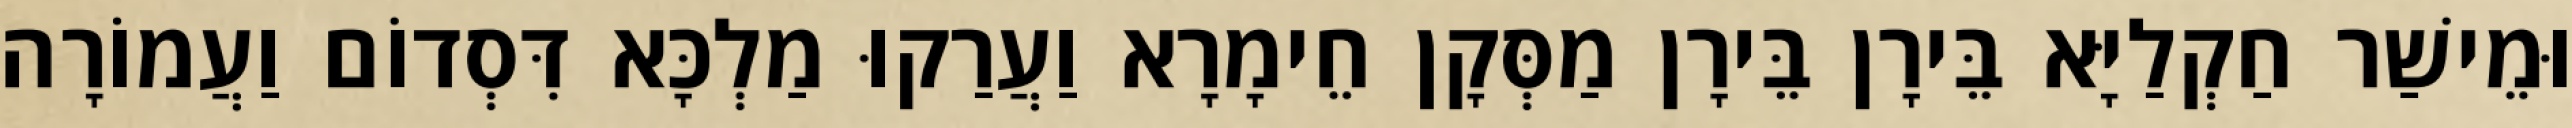
וּמֵישַׁר חַקְלַיָּא בֵּירָן בֵּירָן מַסְּקָן חֵימָרָא וַעֲרַקוּ מַלְכָּא דִּסְדוֹם וַעֲמוֹרָה